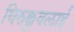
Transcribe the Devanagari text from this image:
थिरुक्कुवलाई